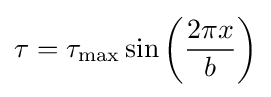
\tau =\tau _{\max }\sin \left({\frac {2\pi x}{b}}\right)